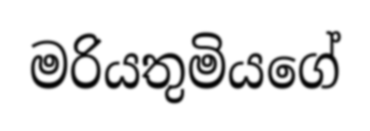
මරියතුමියගේ